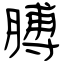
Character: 膊